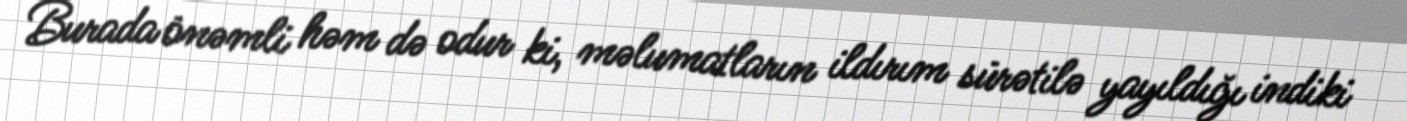
Burada önəmli həm də odur ki, məlumatların ildırım sürətilə yayıldığı indiki